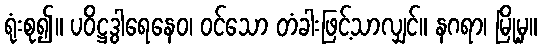
ရုံးစု၍။ ပဝိဋ္ဌဒွါရေနေဝ၊ ဝင်သော တံခါးဖြင့်သာလျှင်။ နဂရာ၊ မြို့မှ။